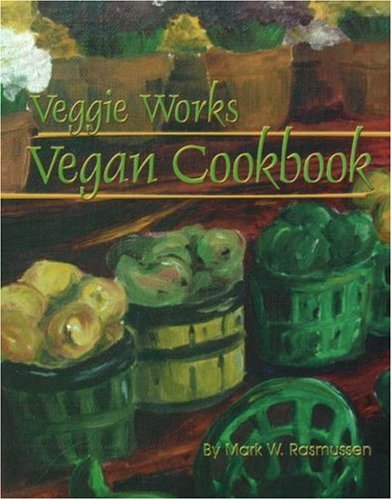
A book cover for Veggie Works Vegan Cookbook; Mark W. Rasmussen; Health, Fitness & Dieting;